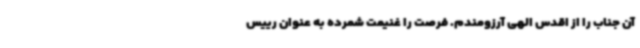
آن جناب را از اقدس الهی آرزومندم. فرصت را غنیمت شمرده به عنوان رییس